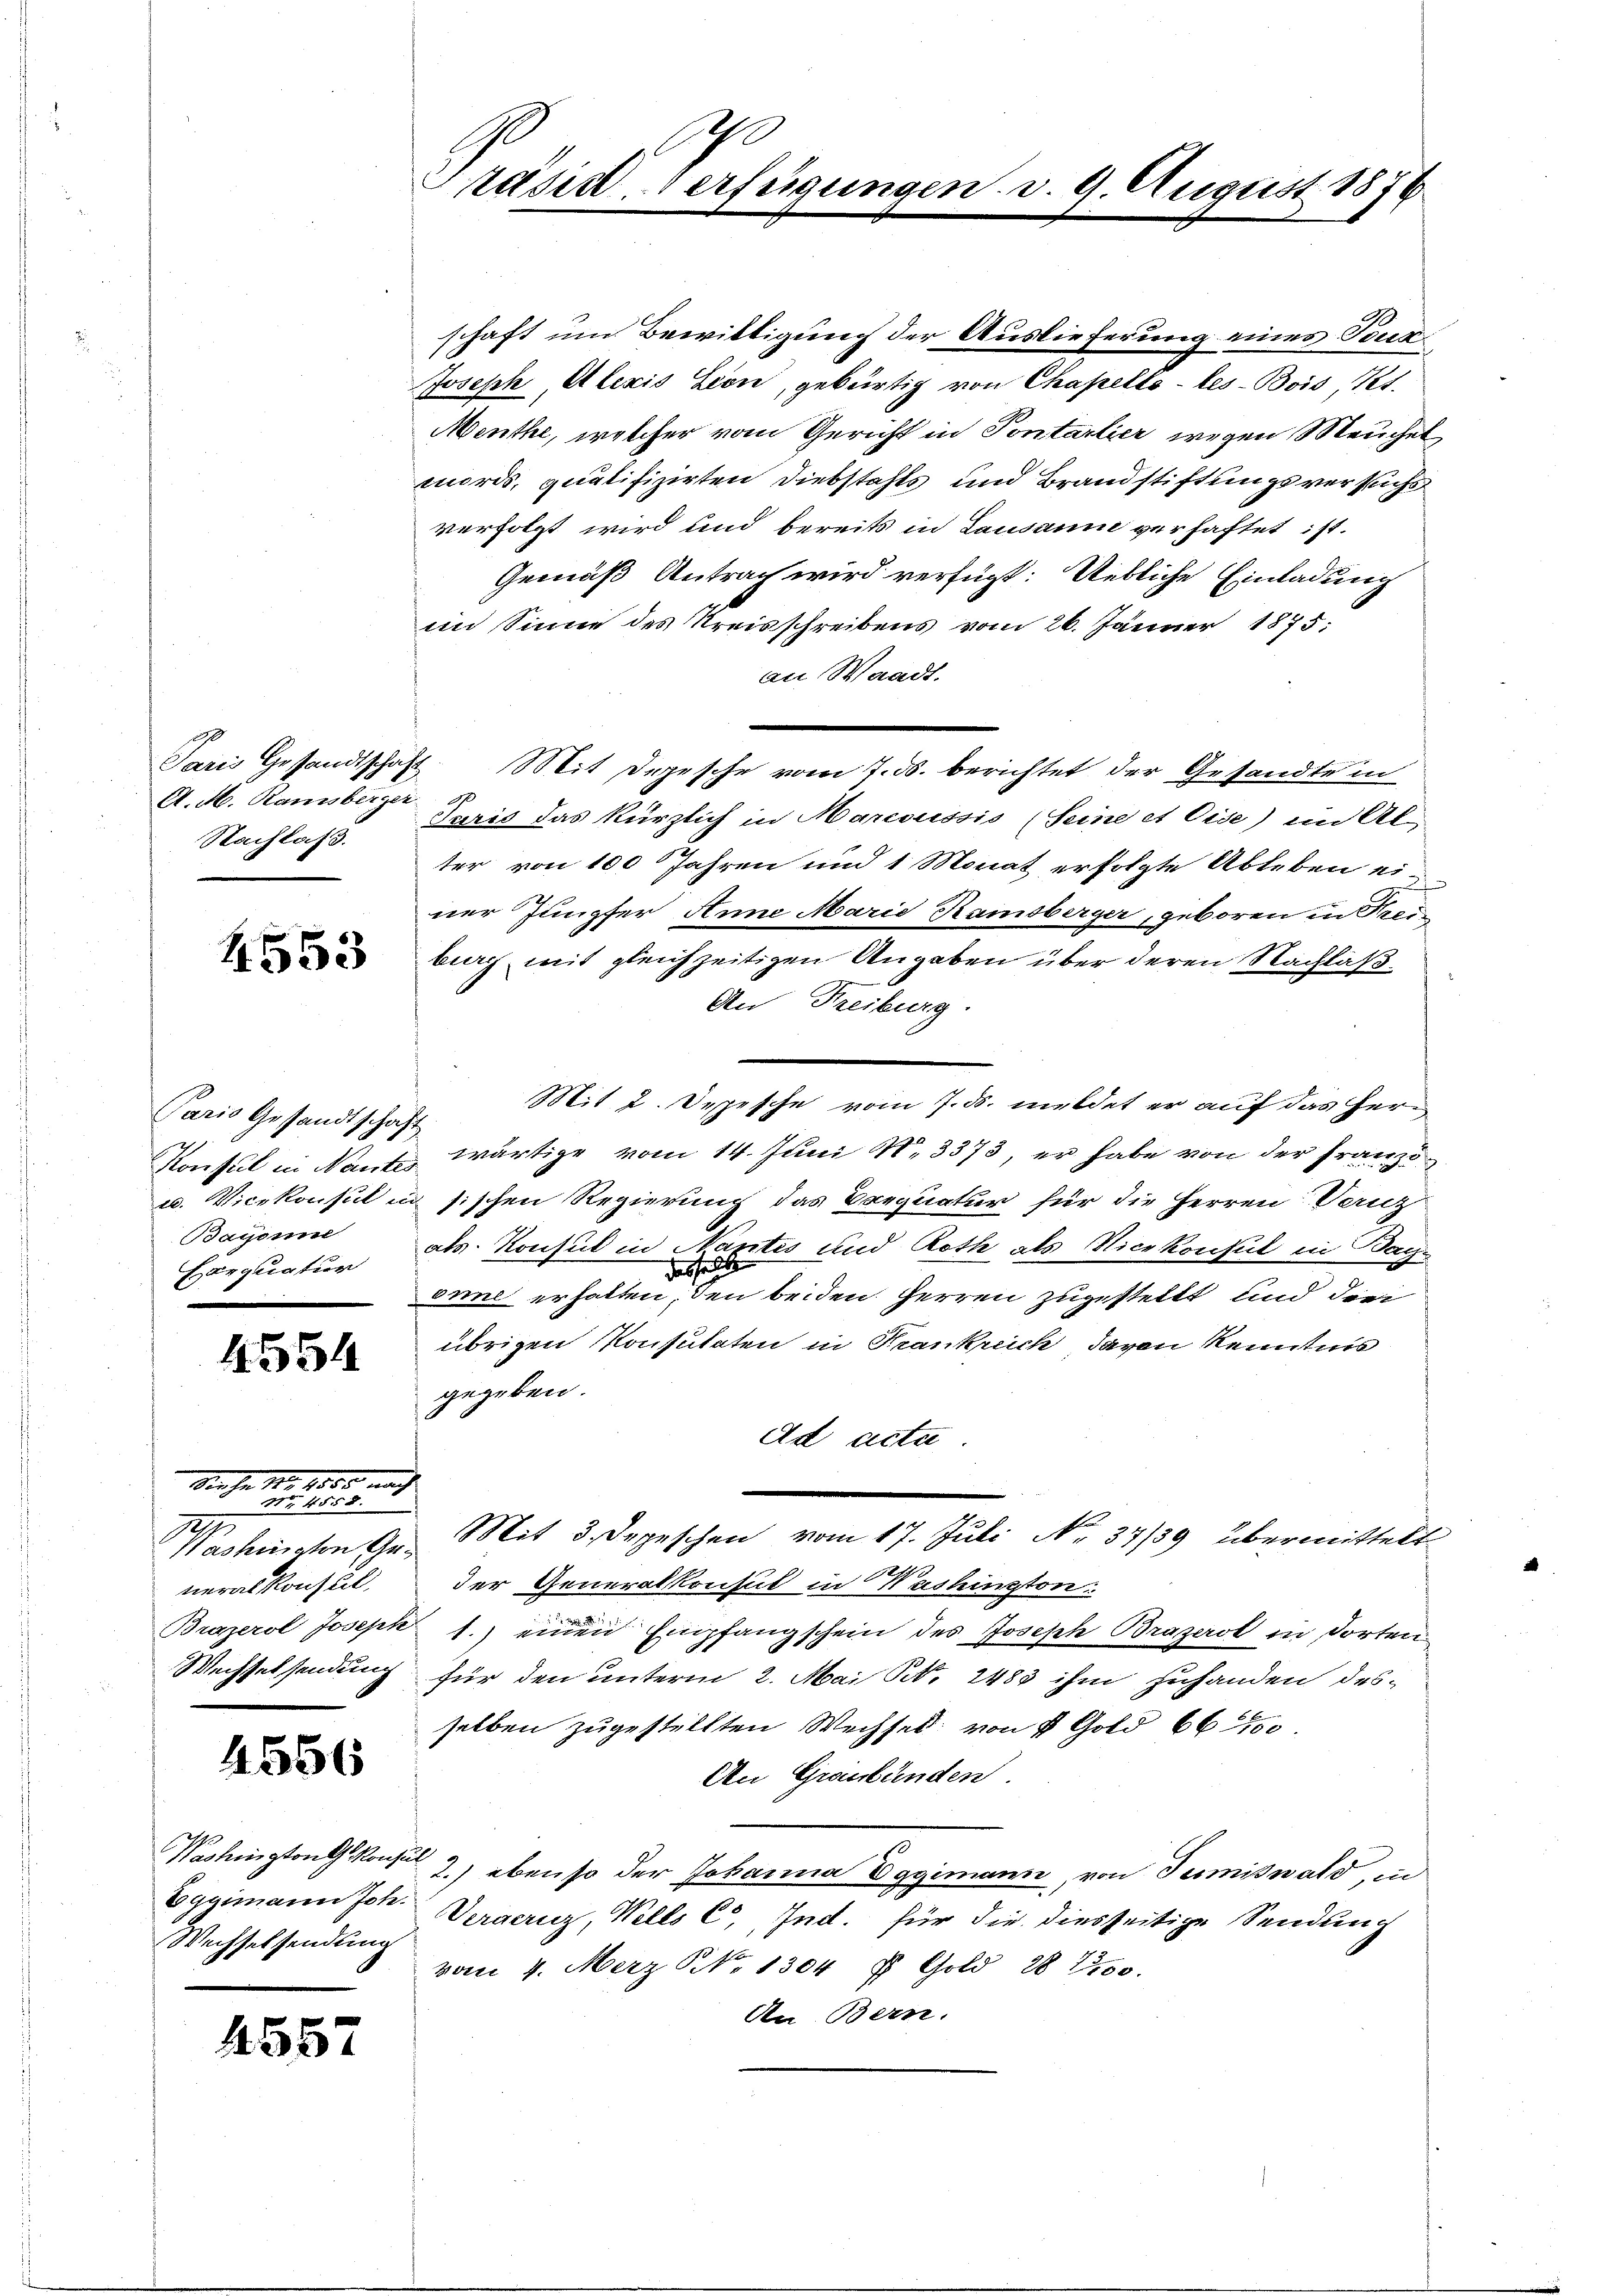
A. M. Ramisberger
Nachlass.

4553

Paris Gesandtschaft
Bayone
Harquatur

4554

1
neralkonsul
Wechselsendung

Sie ha 113, 1000 nach
Nr. 18.

4556

Eggimann Joh.
Wechselsendung

4557

Präsid-Verfügungen. d. 9. August 1876

schaft um Bewilligung der Auslieferung eines Teux.
Joseph, Alexis Lion, gebürtig von Chapello-les-Bois, Kt.
Menthe, welcher vom Gericht in Pontarlier wegen Meuchel
mords, qualifizirten Diebstahls und Brandstiftungsversuchs
verfolgt wird und bereits in Lausanne verhaftet ist.
Gemäß Antrag wird verfügt: Uebliche Einladung
an Sinne des Kreisschreibens vom 26. Jänner 1875;
an Waadt,
Paris Gesandtschaft. Mit Depesche vom 7. ds. berichtet der Gesandte in
Jaris das kürzlich in Marcussis (Seine et Cise) in Alter von 100 Jahren und 1 Monat erfolgte Ableben ei-
ner Jungfer Anne Marie Kaisberger, geboren in Kreiburg mit gleichzeitigen Angaben über deren Nachlaß¬
An Freiburg.
Mit 2. Depesche vom 7. ds. meldet er auf das Herr
Konsul in Nante wärtige vom 14. Juni N. 3373, er habe von der Franz
u. Vicekonsul in sischen Regierung das Seequatur für die Herren Tanz
ats. Konsul in Nantes und Roth als Nicekonsul in Bachdassel
onne erhalten, den beiden Herren zugestellt und die
übrigen Konsulaten in Trankreich davon Kenntnis
gegeben.
Ad acta
Washingten Gr. Mit 3. Depeschen vom 17. Juli No 34/39 übermittelt
der Generalkonsul in Washington:
Brazerol Joseph 1.) einen Empfangschein des Joseph Brazerol in dorten
für den unterm 2. Mai N. 2483 ihm zuhanden des-
selben zugestellten Wechsel von 4 Gold 66100
An Graubünden.
Washington Konser 2) ebenso der Johanna Eggimann, von Tumiswald, in
Vergeruz, Wills C. Ind. für die diesseitige Sendung
vom 4. Merz S. 1304 u Gold 28 800.
An Bern.